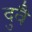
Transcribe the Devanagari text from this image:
दुवै